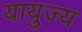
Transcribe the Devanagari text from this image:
यायुज्य